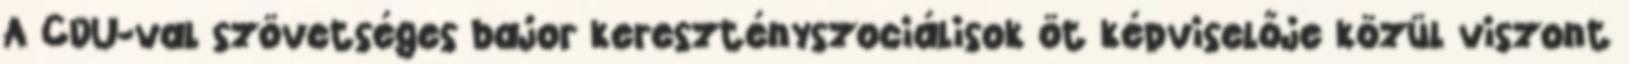
A CDU-val szövetséges bajor keresztényszociálisok öt képviselője közül viszont